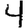
Digit: 4